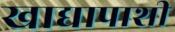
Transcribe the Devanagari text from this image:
खाद्यापाशी